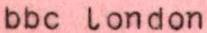
bbc london